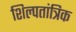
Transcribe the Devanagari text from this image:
शिल्पतांत्रिक